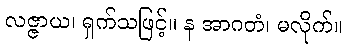
လဇ္ဇာယ၊ ရှက်သဖြင့်။ န အာဂတံ၊ မလိုက်။